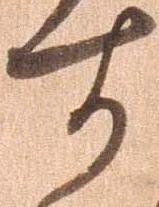
す